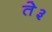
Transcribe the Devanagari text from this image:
ते३